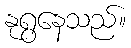
နုရွနေသည်။